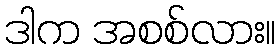
ဒါက အစစ်လား။